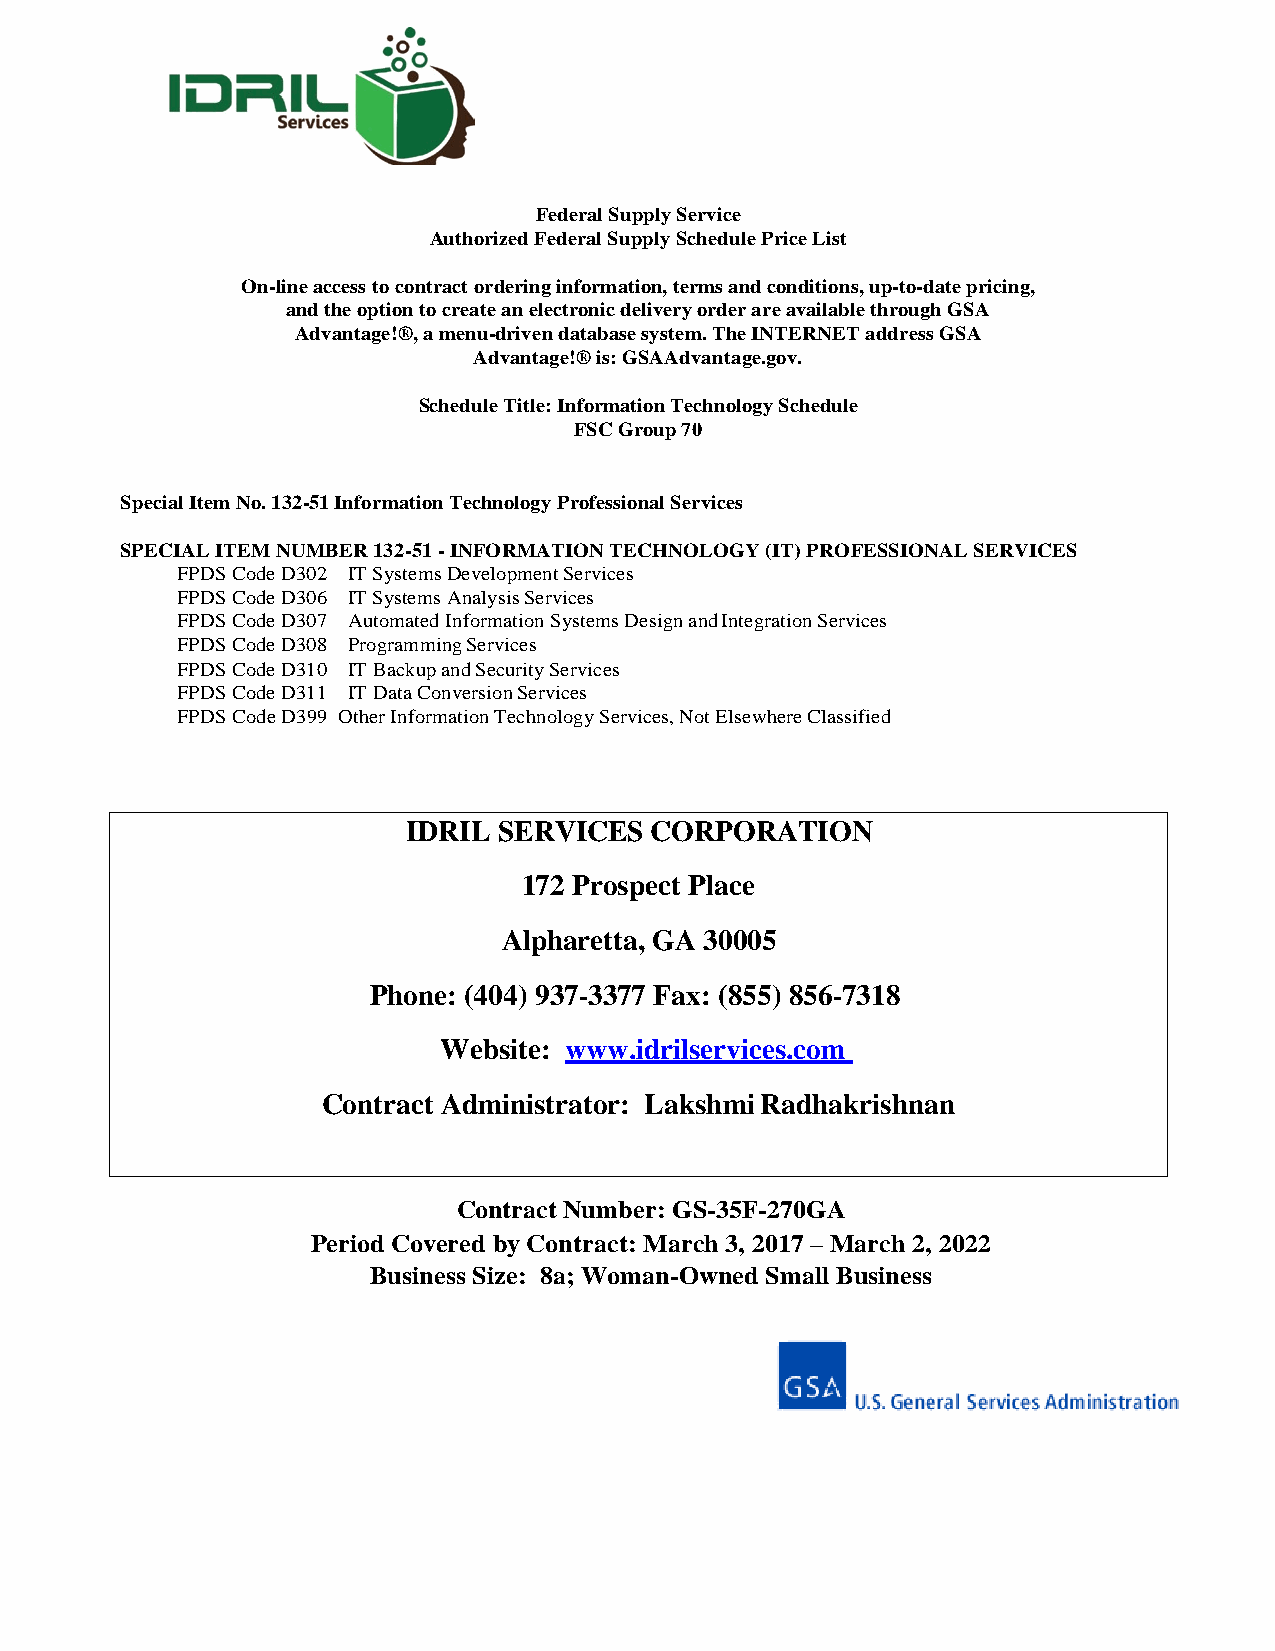
Federal Supply Service
 Authorized Federal Supply Schedule Price List
 On-line access to contract ordering information, terms and conditions, up-to-date pricing,
 and the option to create an electronic delivery order are available through GSA
 Advantage!®, a menu-driven database system. The INTERNET address GSA
 Advantage!® is: GSAAdvantage.gov.
 Schedule Title: Information Technology Schedule
 FSC Group 70
 Special Item No. 132-51 Information Technology Professional Services
 SPECIAL ITEM NUMBER 132-51 - INFORMATION TECHNOLOGY (IT) PROFESSIONAL SERVICES
 FPDS Code D302 IT Systems Development Services
 FPDS Code D306 IT Systems Analysis Services
 FPDS Code D307 Automated Information Systems Design and Integration Services
 FPDS Code D308 Programming Services
 FPDS Code D310 IT Backup and Security Services
 FPDS Code D311 IT Data Conversion Services
 FPDS Code D399 Other Information Technology Services, Not Elsewhere Classified
 IDRIL SERVICES  CORPORATION
 172 Prospect Place
 Alpharetta, GA 30005
 Phone: (404) 937-3377 Fax: (855) 856-7318
 Website: www.idrilservices.com
 Contract Administrator: Lakshmi Radhakrishnan
 Contract Number: GS-35F-270GA
 Period Covered by Contract: March 3, 2017 – March 2, 2022
 Business Size: 8a; Woman-Owned Small Business